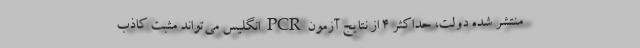
منتشر شده دولت، حداکثر ۴ از نتایج آزمون PCR انگلیس می‌تواند مثبت کاذب